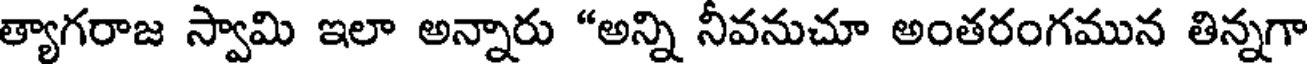
త్యాగరాజ స్వామి ఇలా అన్నారు "అన్ని నీవనుచూ అంతరంగమున తిన్నగా